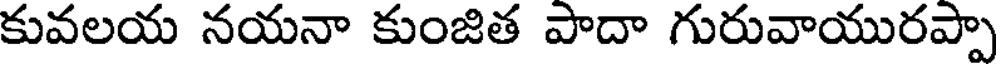
కువలయ నయనా కుంజిత పాదా గురువాయురప్పా